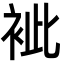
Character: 䘣